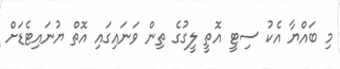
މި ބައްޔާ އެކު ސިޓީ އޮތީ ލީގުގެ ތިން ވަނައިގައި އޮތް ޔުނައިޓެޑަށް